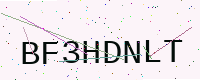
Text: BF3HDNLT